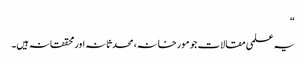
“
یہ علمی مقالات جو مورخانہ، محدثانہ اور محققانہ ہیں۔